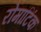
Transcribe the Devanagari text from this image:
रोमांटिंक